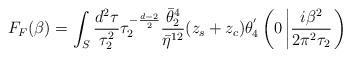
LaTeX: \begin{align*}F_{F}(\beta)=\int_{S}\frac{d^{2}\tau}{\tau_{2}^{2}}\tau_{2}^{-\frac{d-2}{2}}\frac{\bar{\theta}_{2}^{4}}{\bar{\eta}^{12}}(z_{s}+z_{c})\theta^{'}_{4}\left(0\left|\frac{i\beta^{2}}{2\pi^{2}\tau_{2}}\right.\right)\end{align*}